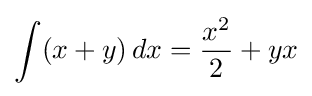
\int (x+y)\,dx={\frac {x^{2}}{2}}+yx